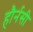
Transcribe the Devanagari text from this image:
हौर्नसी